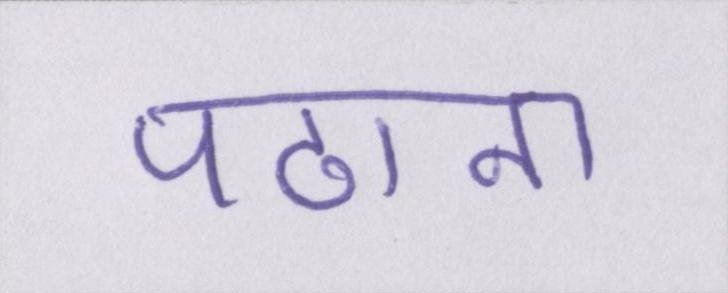
पढाना